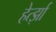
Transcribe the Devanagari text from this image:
हेर्त्झा